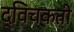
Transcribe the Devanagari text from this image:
द्विचकती